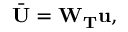
\bar { \mathbf { U } } = \mathbf { W } _ { \mathbf { T } } \mathbf { u } ,